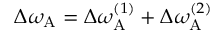
\Delta \omega _ { \mathrm { A } } = \Delta \omega _ { \mathrm { A } } ^ { ( 1 ) } + \Delta \omega _ { \mathrm { A } } ^ { ( 2 ) }